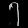
Digit: ၇